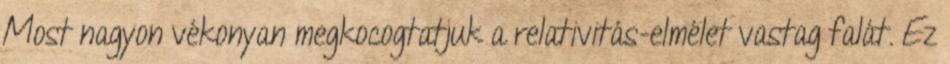
Most nagyon vékonyan megkocogtatjuk a relativitás-elmélet vastag falát. Ez